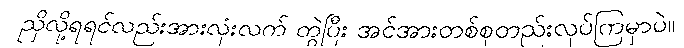
ညှိလို့ရရင်လည်းအားလုံးလက် တွဲပြီး အင်အားတစ်စုတည်းလုပ်ကြမှာပဲ။